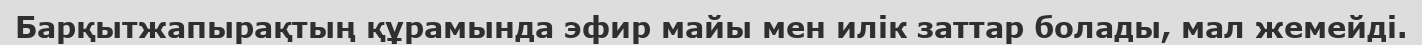
Барқытжапырақтың құрамында эфир майы мен илік заттар болады, мал жемейді.